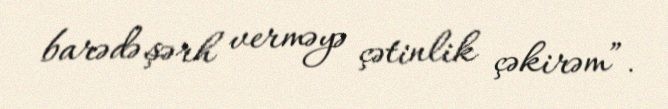
barədə şərh verməyə çətinlik çəkirəm”.